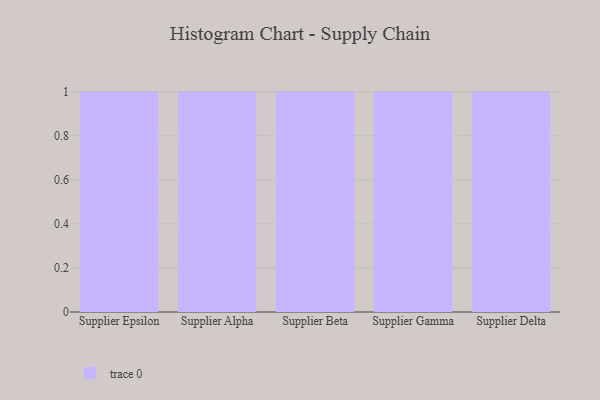
{"axis": {"x": "Supplier", "y": "Shipments"}, "legend": [""], "data": [{"x": "Supplier Epsilon", "y": 6, "type": ""}, {"x": "Supplier Alpha", "y": 83, "type": ""}, {"x": "Supplier Beta", "y": 68, "type": ""}, {"x": "Supplier Gamma", "y": 54, "type": ""}, {"x": "Supplier Delta", "y": 31, "type": ""}]}